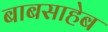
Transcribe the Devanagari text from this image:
बाबसाहेब